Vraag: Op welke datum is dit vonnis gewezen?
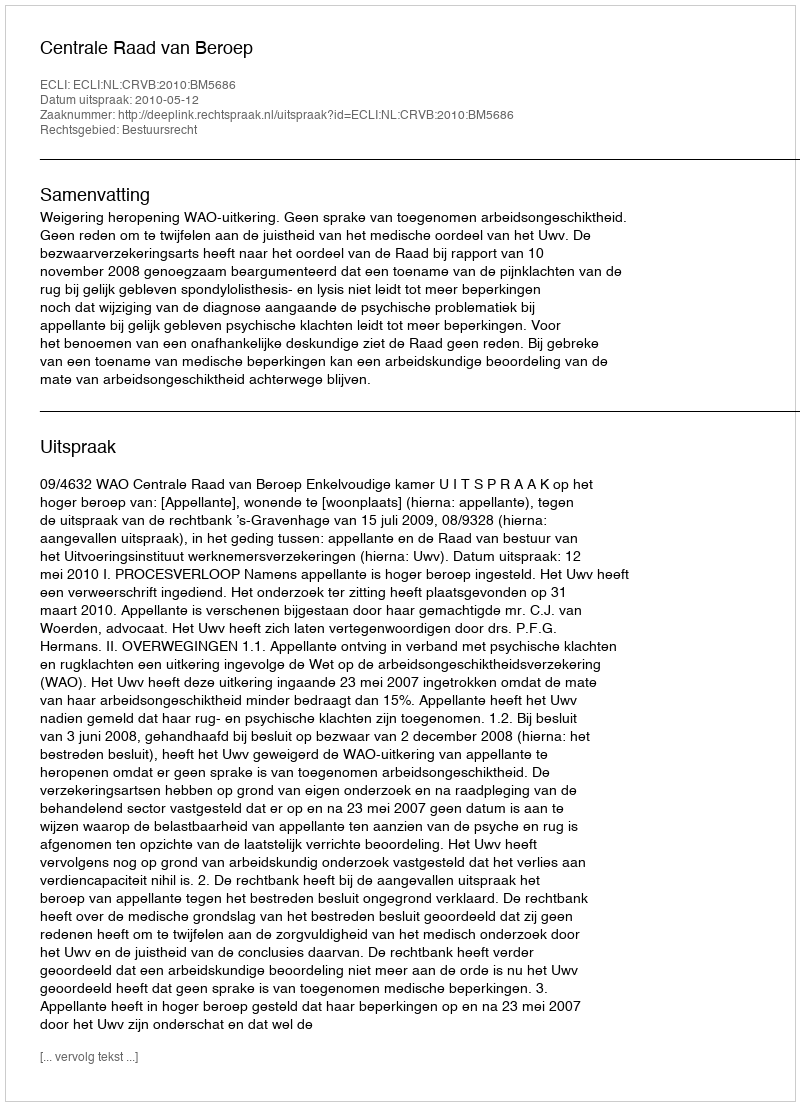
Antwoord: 2010-05-12